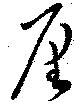
厘